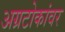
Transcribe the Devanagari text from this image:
अग्रटोकांवर